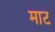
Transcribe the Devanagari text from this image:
माट